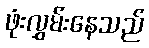
ဖုံးလွှမ်းနေသည်